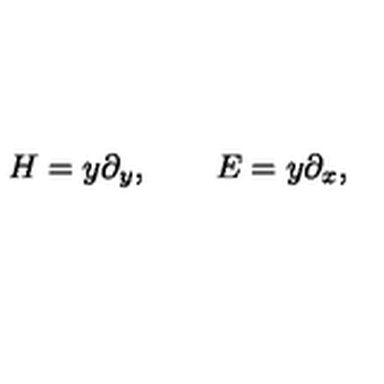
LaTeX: H = y \partial _ { y } , \quad \quad E = y \partial _ { x } ,